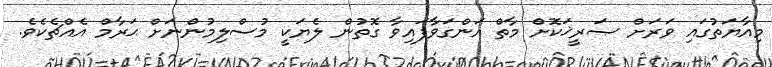
މިއާޔަތުގައި ވަރަށް ޞަރީޚަކޮށް މާތް އަންގަވާފައިވާ ގޮތުން ލެޔަކީ މުސްލިމުންނަށް ޙަރާމް އެއްޗެކެވެ.